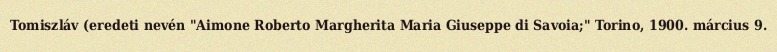
Tomiszláv (eredeti nevén "Aimone Roberto Margherita Maria Giuseppe di Savoia;" Torino, 1900. március 9.